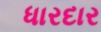
ધારદાર